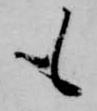
も